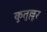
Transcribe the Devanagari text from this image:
कुतुल्लूर